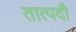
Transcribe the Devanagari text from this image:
तात्पदौ